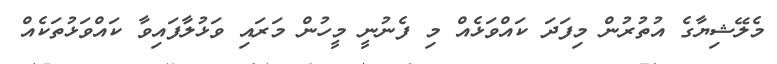
މެލޭޝިޔާގެ އުތުރުން މިފަދަ ކައްވަޅެއް މި ފެނުނީ މީހުން މަރައި ވަޅުލާފައިވާ ކައްވަޅުތަކެއް